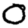
Digit: 0